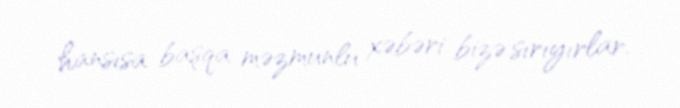
hansısa başqa məzmunlu xəbəri bizə sırıyırlar.